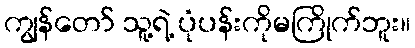
ကျွန်တော် သူ့ရဲ့ ပုံပန်းကိုမကြိုက်ဘူး။